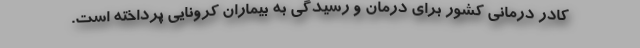
کادر درمانی کشور برای درمان و رسیدگی به بیماران کرونایی پرداخته است.